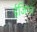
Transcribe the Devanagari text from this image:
ईजिप्‍त